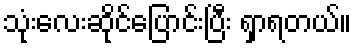
သုံးလေးဆိုင်ပြောင်းပြီး ရှာရတယ်။